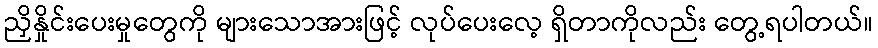
ညှိနှိုင်းပေးမှုတွေကို များသောအားဖြင့် လုပ်ပေးလေ့ ရှိတာကိုလည်း တွေ့ရပါတယ်။